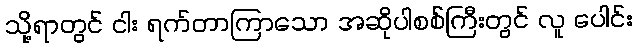
သို့ရာတွင် ငါး ရက်တာကြာသော အဆိုပါစစ်ကြီးတွင် လူ ပေါင်း